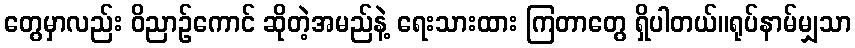
တွေမှာလည်း ဝိညာဉ်ကောင် ဆိုတဲ့အမည်နဲ့ ရေးသားထား ကြတာတွေ ရှိပါတယ်။ရုပ်နာမ်မျှသာ